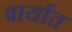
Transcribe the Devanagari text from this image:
वार्यात